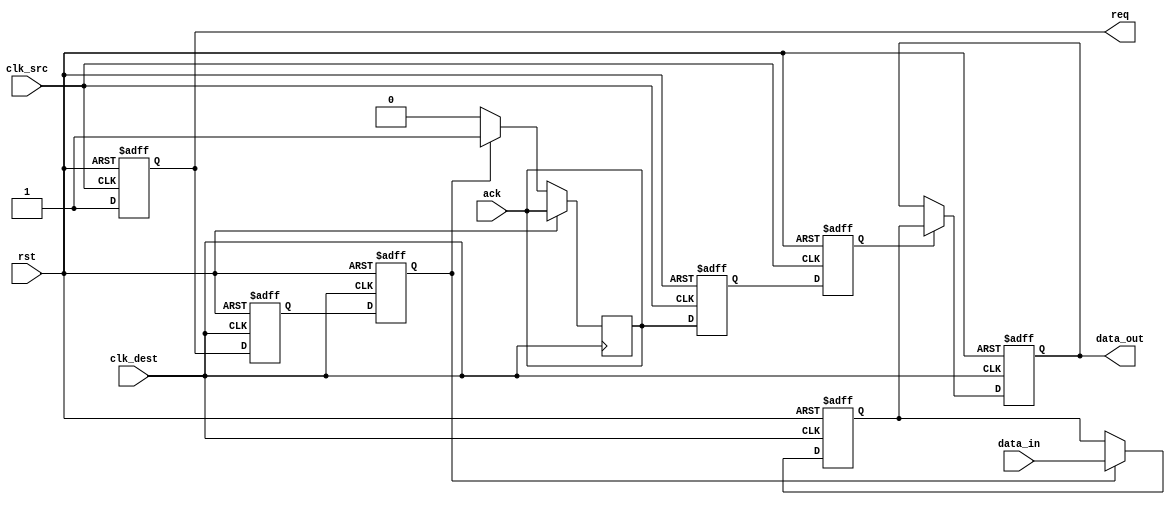
module handshake_synchronizer #(
    parameter DATA_WIDTH = 8
)(
    input wire clk_src,          // Source clock
    input wire clk_dest,         // Destination clock
    input wire rst,              // Asynchronous reset
    input wire [DATA_WIDTH-1:0] data_in, // Data input from source domain
    output reg [DATA_WIDTH-1:0] data_out, // Data output to destination domain
    output reg req,              // Request signal from source
    input wire ack               // Acknowledgment signal from destination
);

    // Internal signals for synchronizing req and ack
    reg req_sync_1, req_sync_2;  // Synchronization registers for req
    reg ack_sync_1, ack_sync_2;  // Synchronization registers for ack
    reg [DATA_WIDTH-1:0] data_reg; // Register to hold data in the destination domain

    // Generate req signal
    always @(posedge clk_src or posedge rst) begin
        if (rst) begin
            req <= 1'b0;
        end else begin
            req <= 1'b1; // Assert req when data is ready to be sent
        end
    end

    // Synchronize req signal to clk_dest
    always @(posedge clk_dest or posedge rst) begin
        if (rst) begin
            req_sync_1 <= 1'b0;
            req_sync_2 <= 1'b0;
        end else begin
            req_sync_1 <= req; // First stage of synchronization
            req_sync_2 <= req_sync_1; // Second stage of synchronization
        end
    end

    // Data transfer and acknowledgment handling
    always @(posedge clk_dest or posedge rst) begin
        if (rst) begin
            data_out <= {DATA_WIDTH{1'b0}};
            data_reg <= {DATA_WIDTH{1'b0}};
        end else begin
            if (req_sync_2) begin              // If req is asserted after synchronization
                data_reg <= data_in;           // Capture the data from the source domain
            end
            if (ack_sync_2) begin              // If ack is received
                data_out <= data_reg;          // Output the captured data
            end
        end
    end

    // Synchronize ack signal to clk_src
    always @(posedge clk_src or posedge rst) begin
        if (rst) begin
            ack_sync_1 <= 1'b0;
            ack_sync_2 <= 1'b0;
        end else begin
            ack_sync_1 <= ack;    // First stage of synchronization for ack
            ack_sync_2 <= ack_sync_1; // Second stage of synchronization for ack
        end
    end

    // Acknowledge logic generation
    always @(posedge clk_dest or posedge rst) begin
        if (rst) begin
            // Reset logic if necessary
        end else begin
            if (req_sync_2) begin             // If req is received
                // Assert ack after processing the data
                ack <= 1'b1;                  // Acknowledge back to source
            end else begin
                ack <= 1'b0;                  // De-assert ack if no req
            end
        end
    end

endmodule